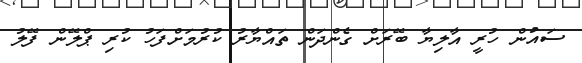
ސައުން ހުރީ އާލިޔާ ބޭރަށް ގެންދަން ތައްޔާރު ކުރުމަށްފަހު ކުރި ޕްލޭން ފޭލު